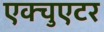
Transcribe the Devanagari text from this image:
एक्चुएटर